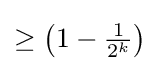
\textstyle \geq \left(1-{\frac {1}{2^{k}}}\right)